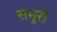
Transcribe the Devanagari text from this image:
समूरी